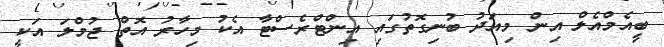
ބީއެމްއެލް އިން މިއަދު ބުނިގޮތުގައި އިންޓްރެސްޓާ އެކު މިހާރު އޮތް ޖުމްލަ އަކީ